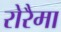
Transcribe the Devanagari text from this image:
रोरैमा